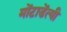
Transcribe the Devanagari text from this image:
मोंटाडेंत्यी